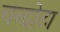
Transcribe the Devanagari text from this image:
चन्द्रोटा